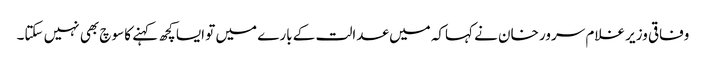
وفاقی وزیر غلام سرور خان نے کہاکہ میں عدالت کے بارے میں تو ایسا کچھ کہنے کا سوچ بھی نہیں سکتا۔